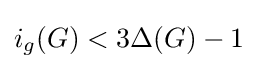
i_{g}(G)<3\Delta (G)-1